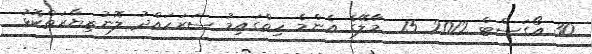
30 އޯގަސްޓް 2012 15  މާލޭގެ އެންމެ ހިތްގައިމު ސަރަހައްދު ލޮނުޒިޔާރަތްކޮޅު